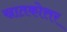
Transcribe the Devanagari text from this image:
स्रातकोत्तर